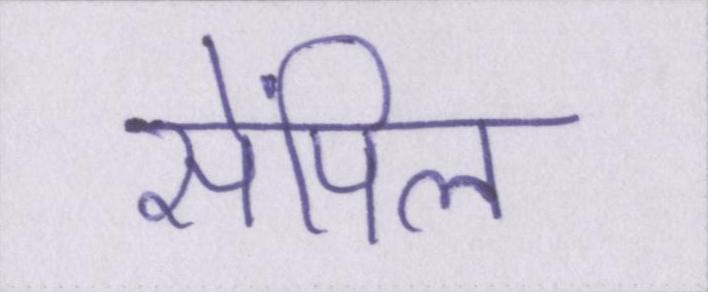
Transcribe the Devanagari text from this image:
सेंपिल